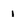
Character: 1